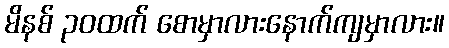
မိနစ် ၃၀ထက် စောမှာလားနောက်ကျမှာလား။